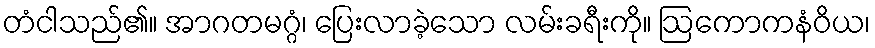
တံငါသည်၏။ အာဂတမဂ္ဂံ၊ ပြေးလာခဲ့သော လမ်းခရီးကို။ ဩကောကနံဝိယ၊